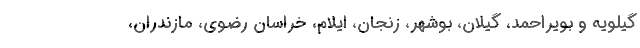
گیلویه و بویراحمد، گیلان، بوشهر، زنجان، ایلام، خراسان رضوی، مازندران،